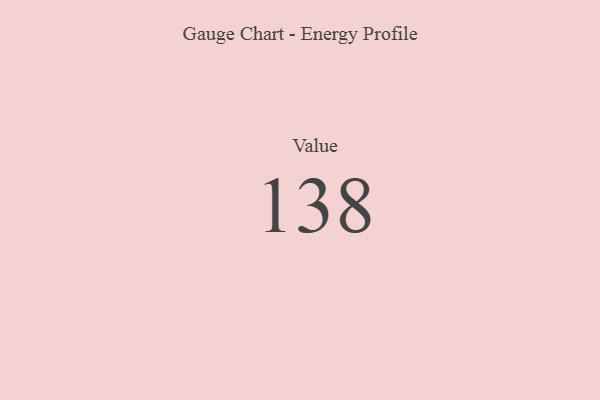
{"axis": {"x": "Metric", "y": "Value"}, "legend": [""], "data": [{"x": "Value", "y": 138, "type": ""}]}